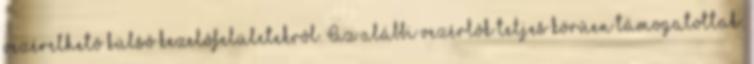
vezérelhetô külsô kezelôfelületekrôl. Az alábbi vezérlôk teljes körûen támogatottak: